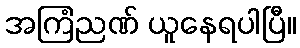
အကြံညဏ် ယူနေရပါပြီ။